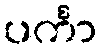
ပင်္ကာ